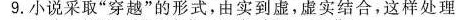
9.小说采耳 ”穿起”的形式，由实到虚，虚实结合，这样处理